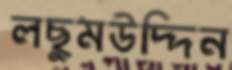
লছুমউদ্দিন